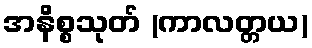
အနိစ္စသုတ် (ကာလတ္တယ)